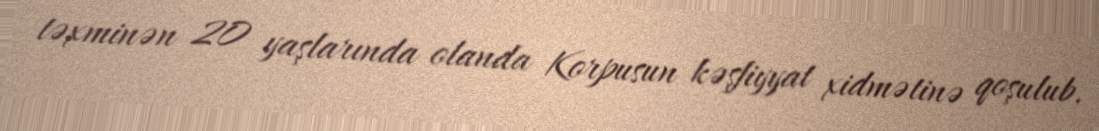
təxminən 20 yaşlarında olanda Korpusun kəşfiyyat xidmətinə qoşulub.